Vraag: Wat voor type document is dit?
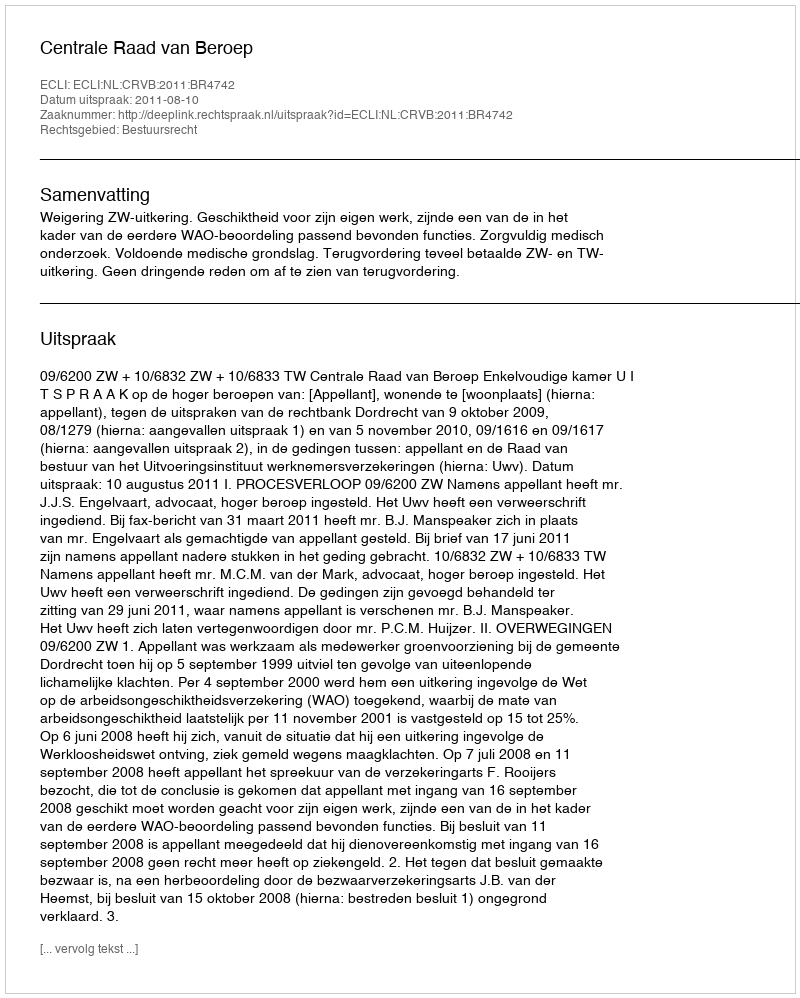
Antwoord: Uitspraak